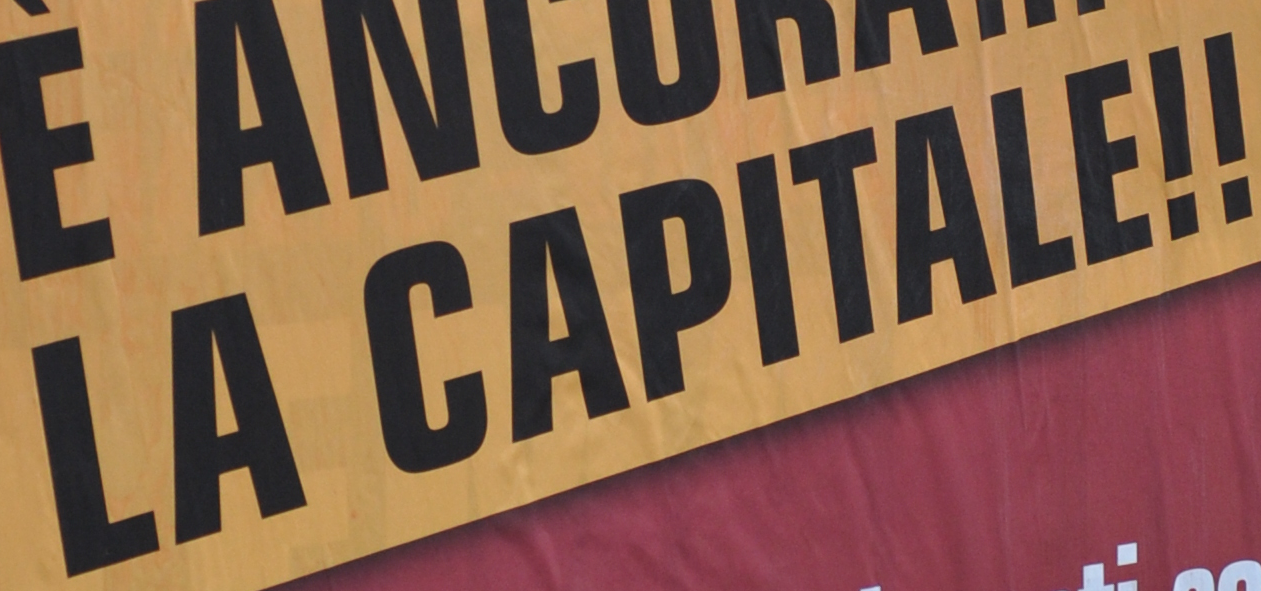
LA CAPITALE!!